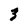
Character: 3